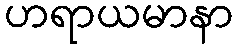
ဟရာယမာနာ